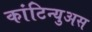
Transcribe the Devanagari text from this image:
कांटिन्युअस